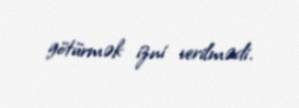
götürmək izni verilmədi.